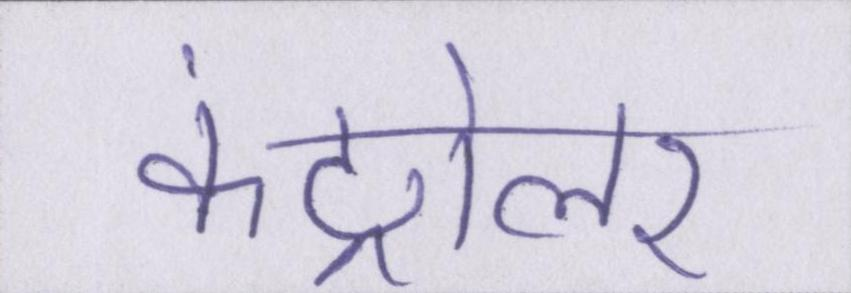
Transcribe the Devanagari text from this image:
कंट्रोलर